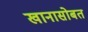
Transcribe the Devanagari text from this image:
खानासोबत